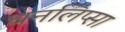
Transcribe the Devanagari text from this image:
धनलिप्सा